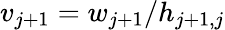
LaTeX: v_{j+1}=w_{j+1}/h_{j+1,j}